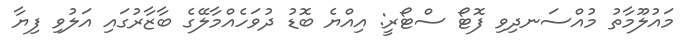
މައުލޫމާތު މުއްސަނދިވި ފޮޓޯ ސްޓޯރީ: އިއްޔެ ބޮޑު ދުވަހެއްމާލޭގެ ބާޒާރުގައި އަލުވި ފިޔާ